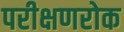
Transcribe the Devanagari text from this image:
परीक्षणरोक